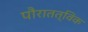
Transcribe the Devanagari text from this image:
पौरातत्विक